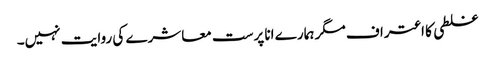
غلطی کا اعتراف مگر ہمارے انا پرست معاشرے کی روایت نہیں۔